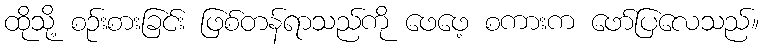
ထိုသို့ စဉ်းစားခြင်း ဖြစ်တန်ရာသည်ကို ဖေဖေ့ စကားက ဖော်ပြလေသည်။